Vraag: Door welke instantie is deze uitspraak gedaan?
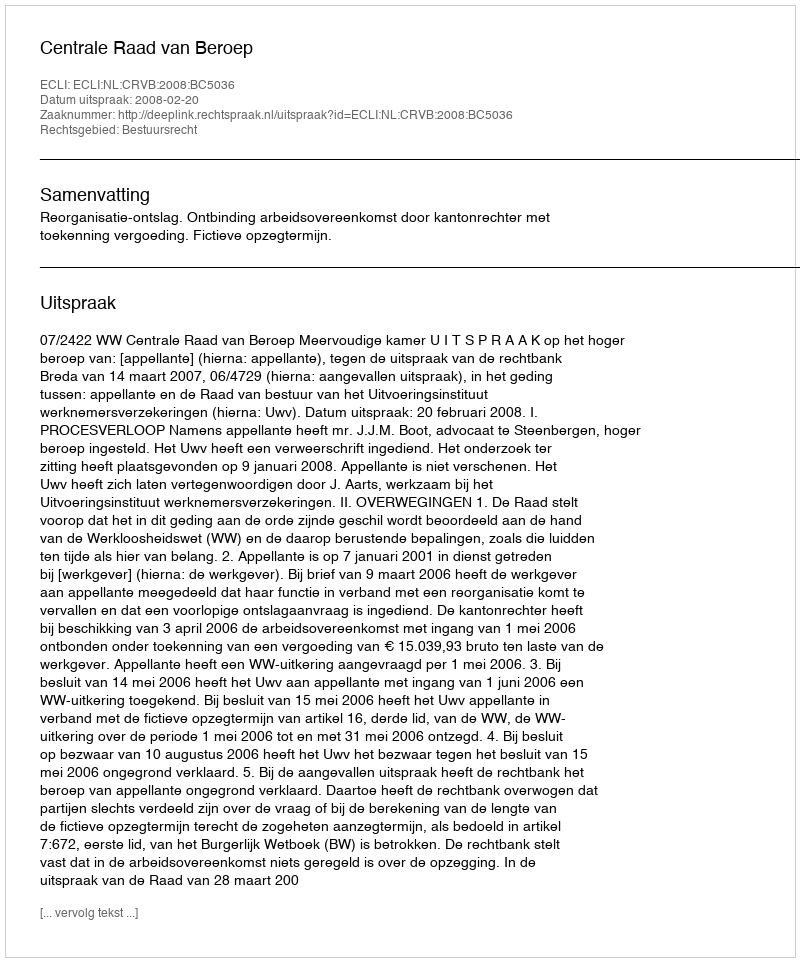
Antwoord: Centrale Raad van Beroep